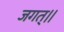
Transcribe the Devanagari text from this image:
जगत्।।